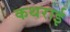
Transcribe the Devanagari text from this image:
कथराई